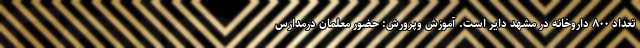
تعداد ۸۰۰ داروخانه در مشهد دایر است. آموزش وپرورش: حضور معلمان درمدارس